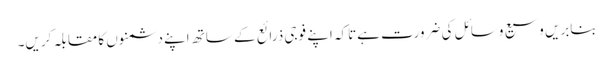
بنابریں وسیع وسائل کی ضرورت ہےتاکہ اپنے فوجی ذرائع کے ساتھ اپنے دشمنوں کا مقابلہ کریں۔